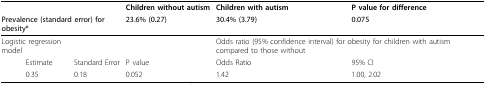
<table><thead><tr><td></td><td></td><td></td><td><b>Children without autism</b></td><td><b>Children with autism</b></td><td><b>P value for difference</b></td></tr><tr><td colspan="3"><b>Prevalence (standard error) for obesity*</b></td><td><b>23.6% (0.27)</b></td><td><b>30.4% (3.79)</b></td><td><b>0.075</b></td></tr></thead><tbody><tr><td colspan="2">Logistic regression model</td><td></td><td></td><td colspan="2">Odds ratio (95% confidence interval) for obesity for children with autism compared to those without</td></tr><tr><td></td><td>Estimate</td><td>Standard Error</td><td>P value</td><td>Odds Ratio</td><td>95% CI</td></tr><tr><td></td><td>0.35</td><td>0.18</td><td>0.052</td><td>1.42</td><td>1.00, 2.02</td></tr></tbody></table>